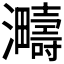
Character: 𪸈